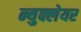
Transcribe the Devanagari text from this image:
न्युक्लेयर